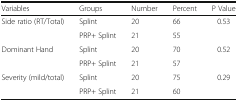
| Variables | Groups | Number | Percent | P Value |
 | --- | --- | --- | --- | --- |
 | <ROWSPAN=2> Side ratio (RT/Total) | Splint | 20 | 66 | <ROWSPAN=2> 0.53 |
 | PRP+ Splint | 21 | 55 |
 | <ROWSPAN=2> Dominant Hand | Splint | 20 | 70 | <ROWSPAN=2> 0.52 |
 | PRP+ Splint | 21 | 57 |
 | <ROWSPAN=2> Severity (mild/total) | Splint | 20 | 75 | <ROWSPAN=2> 0.29 |
 | PRP+ Splint | 21 | 60 |